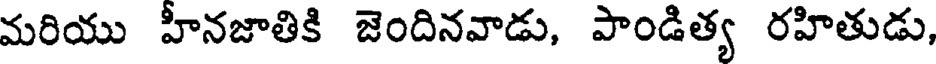
మరియు హీనజాతికి జెందినవాడు, పాండిత్య రహితుడు,